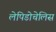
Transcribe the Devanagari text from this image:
लेपिडोचेलिस